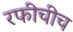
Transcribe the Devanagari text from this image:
रफीचीच